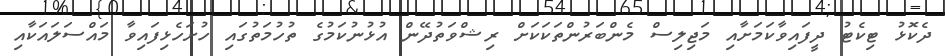
ދެކޮޅު ޓިކެޓު ދީފައިވާކަމަށާއި މަޖިލިސް މެންބަރުންތަކަކަށް ރިޝްވަތުދޭން އުޅުނުކަމުގެ ތުހުމަތުގައި ހުށަހެޅިފައިވާ މައްސަލައަކާއި